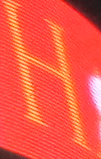
H